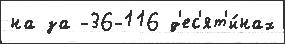
на за -36-116 д'ес'ят'и́нах